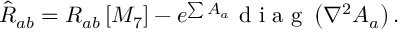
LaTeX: { \hat { R } _ { a b } = R _ { a b } \left[ M _ { 7 } \right] - e ^ { \sum A _ { a } } \textrm { d i a g } \left( \nabla ^ { 2 } A _ { a } \right) . }